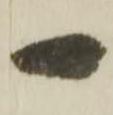
一